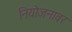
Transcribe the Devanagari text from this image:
नियोजनावर